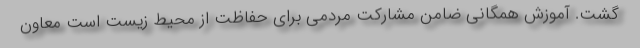
گشت. آموزش همگانی ضامن مشارکت مردمی برای حفاظت از محیط ‌زیست است معاون